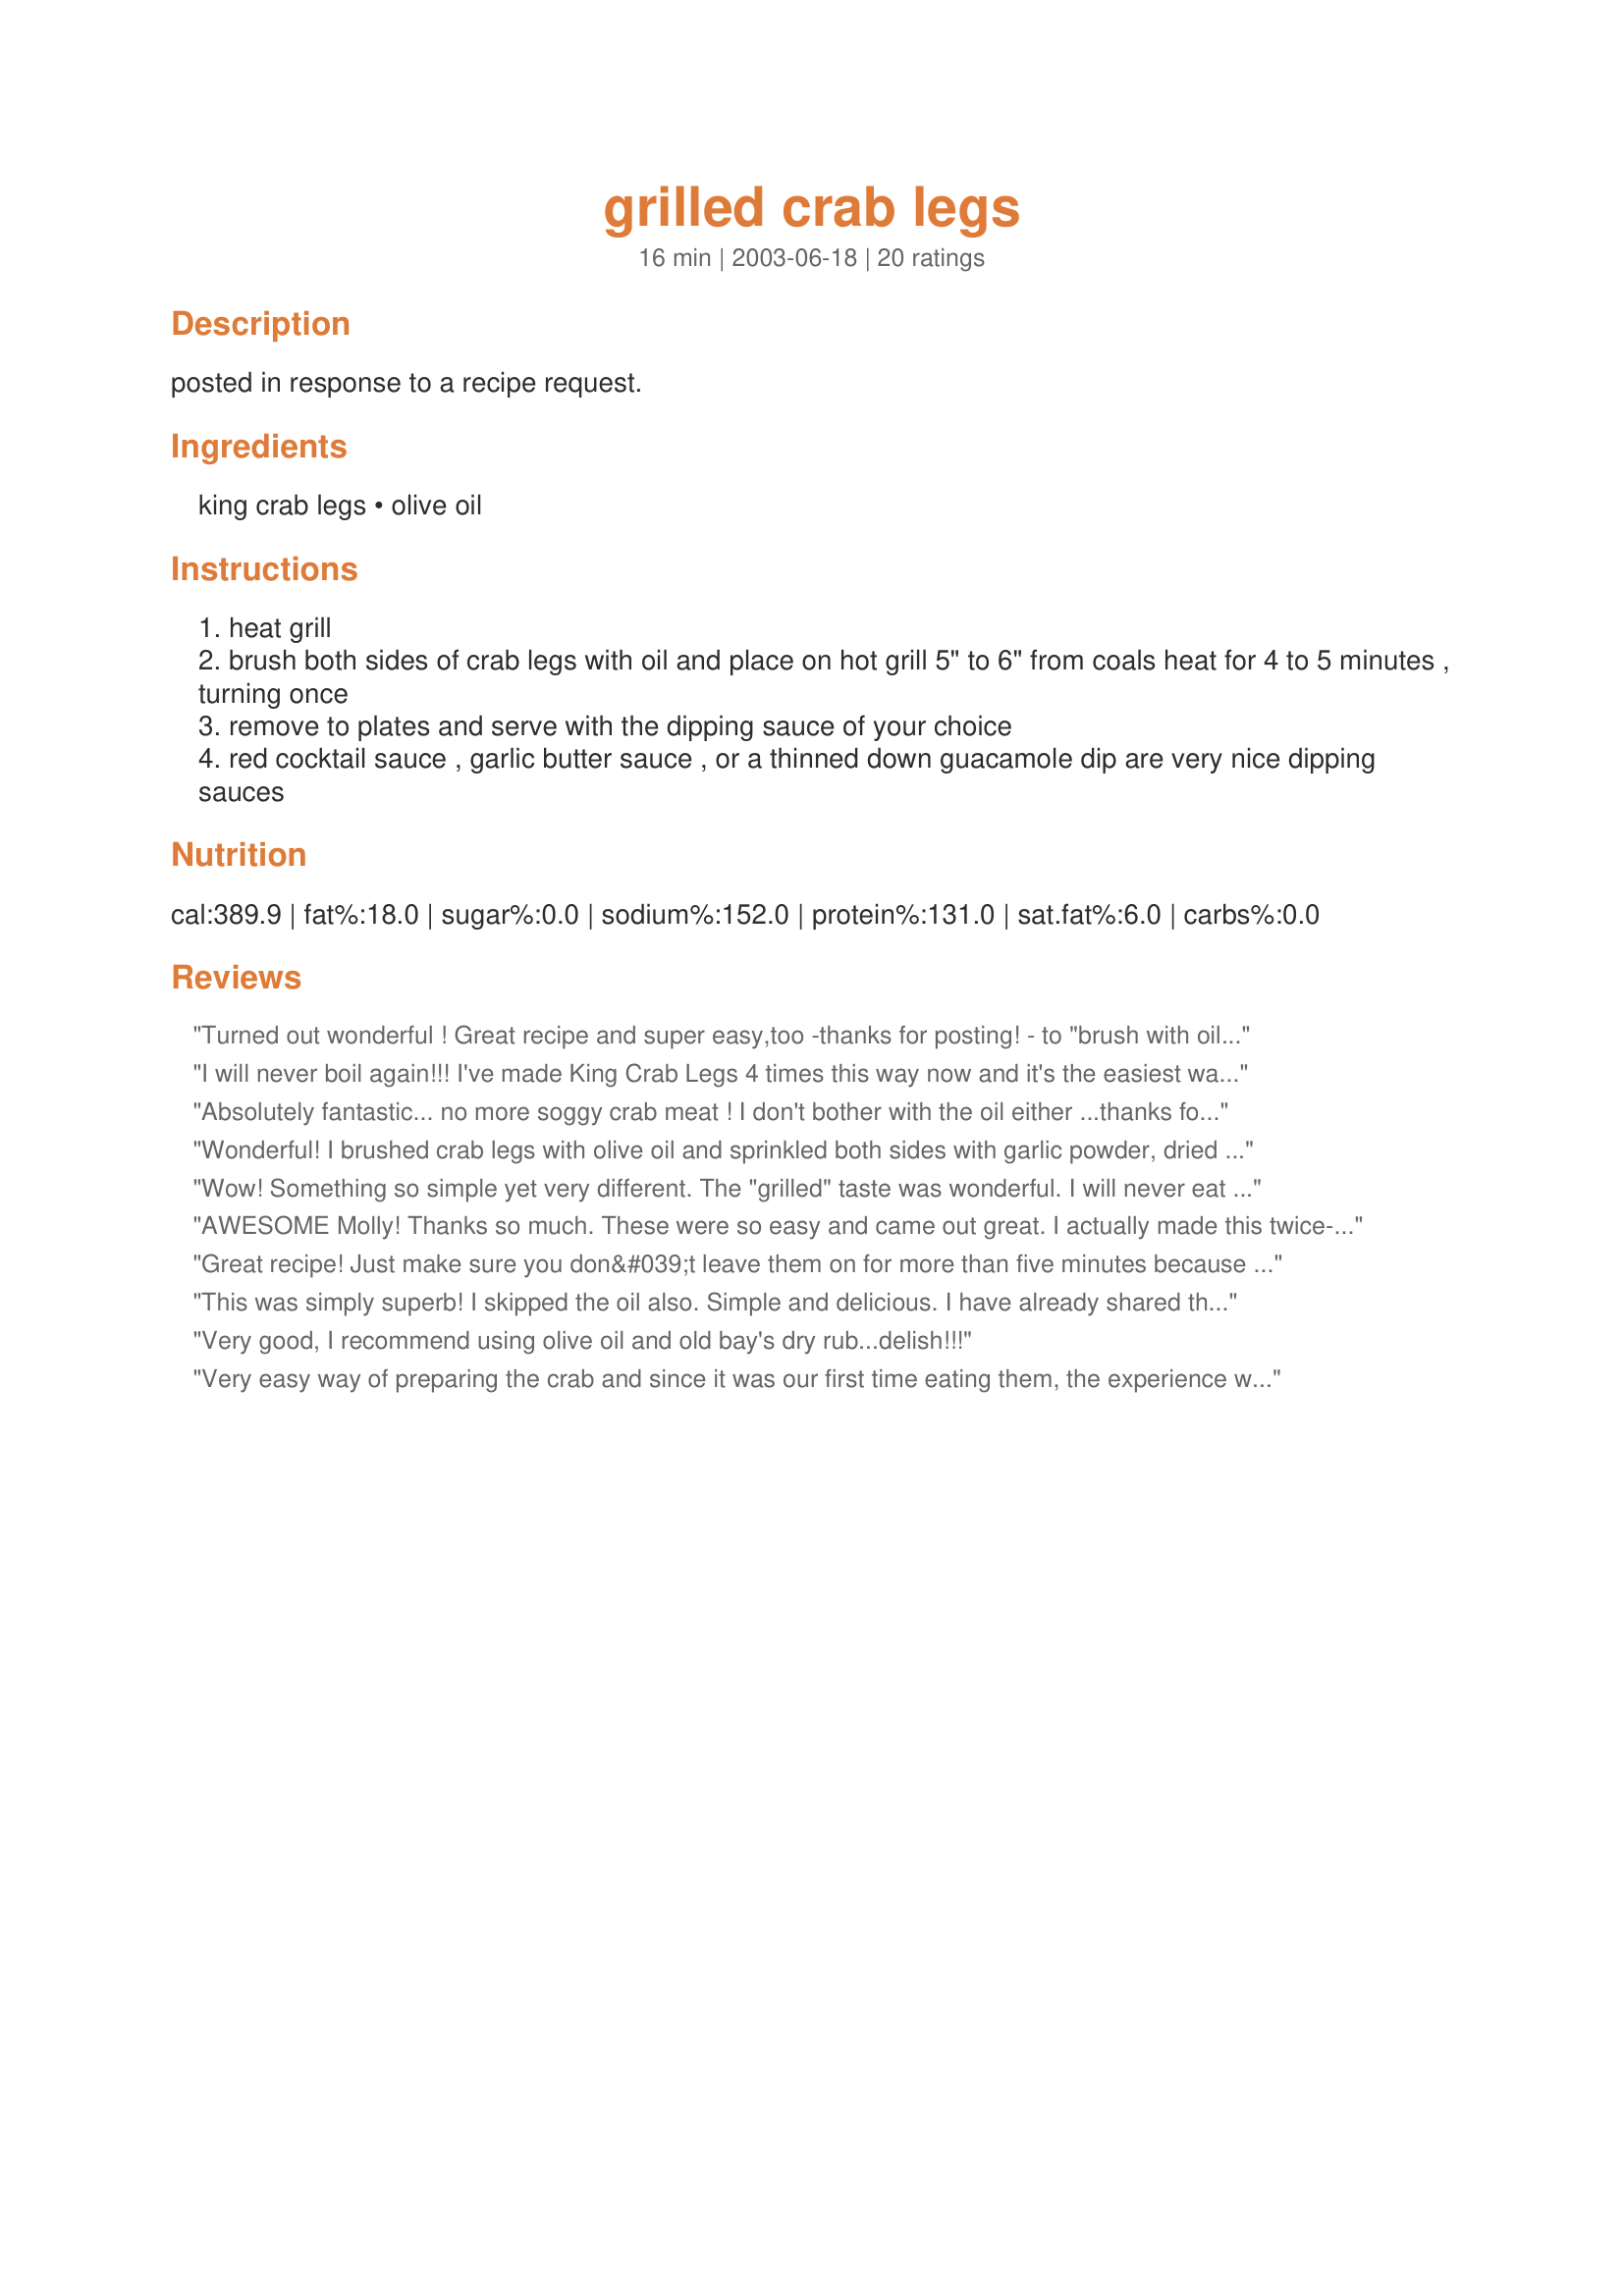
grilled crab legs
Preparation time: 16 minutes

posted in response to a recipe request.

Ingredients:
king crab legs, olive oil

Steps:
heat grill
brush both sides of crab legs with oil and place on hot grill 5" to 6" from coals heat for 4 to 5 minutes , turning once
remove to plates and serve with the dipping sauce of your choice
red cocktail sauce , garlic butter sauce , or a thinned down guacamole dip are very nice dipping sauces

Reviews:
Turned out wonderful ! Great recipe and super easy,too -thanks for posting! 
- to "brush with oilve oil , I used my olive oil sprayer and sprinkled a little Paul Deen House Seasoning on the legs and claws and cooked corn on the cob along with the crab on our gas grill.
I will never boil again!!! I've made King Crab Legs 4 times this way now and it's the easiest way to cook crab legs!!! I don't even bother with the oil step and they are wonderful!! No more heating up the kitchen and trying to cram long legs into a stock pot!! Thanks!!
Absolutely fantastic... no more soggy crab meat ! I don't bother with the oil either ...thanks for posting this great idea
Wonderful! I brushed crab legs with olive oil and sprinkled both sides with garlic powder, dried dill, old bay seasoning and dried thyme. Grill them on a real grill for 3 minutes each side. The crab was flavorful enough without any dipping sauce.
Wow! Something so simple
yet very different. The "grilled" taste was wonderful. I will never eat crab legs any other way. Thanks!
AWESOME Molly! Thanks so much. These were so easy and came out great. I actually made this twice- good sale ion legs- and the second time I added some fresh pressed garlic to the olive oil. mmmmmmmm........

Thanks again for such an easy and yummy recipe.
Great recipe! Just make sure you don&#039;t leave them on for more than five minutes because I got distracted and burnt the thin ends pretty badly. Can&#039;t wait to make them again and not screw up. Thank you.
This was simply superb! I skipped the oil also. Simple and delicious. I have already shared this method twice and they have loved it also. Thanks for sharing!
Very good, I recommend using olive oil and old bay's dry rub...delish!!!
Very easy way of preparing the crab and since it was our first time eating them, the experience was fun.
We followed your recipe with the addition of Creole Seasoning and Emeril's Essence. Thanks for the suggestion!
Thanks for posting such a great recipe for Crab Legs. We use Old Bay Seasoning and some Cajun seasonings on the outside of the legs. This flavors the crab meat wonderfully without overpowering the meat. My family uses individual pairs of scissors to cut some of the leg portions open. It makes eating them less messy. Even my young Grandchildren will eat these easily prepared favorites.
this is a great way to do crab, added a bit of old bay seasoning to the oil,and broiled in the oven.(no bbq available) raves from everyone!!! thanks for a wonderful, quick,and easy recipe
Great recipe for crab legs! We have a New Year's tradition of crab legs and I love this way of preparing them instead of steaming... which I feel waterlogs them. We already had some steaks on the grill so it was easy to just throw these on. The olive oil makes the shells crispy and really easy to crack. Delicious with a simple garlic butter to dip in... Thanks for posting!!!
This is so much easier for us to do than the big pot of water and so tasty! We squeeze a little olive oil (with some Tony C's or Old Bay depending on our mood) down into the big legs and throw a few wood chips on the grill to give them a little smoke. It's all we can do to wait for the platter to come to the patio table before we dive in!
What a great way to cook crab legs. It was delicious and as simple as any recipe I have ever seen. It is now hands down my favorite method of preparing those delicious crab legs. Thank you for a great recipe.
This was great!!!! We decided last minute to do crab legs with steak for supper...and I came across this recipe...Our crab was frozen at first I still brushed with oil...DH put legs on BBQ on a cookie sheet then once they were defrosted he put them on the grill!!!! I prefer these over the oven method any day!!!!! So good!!!!!!!
We're done our crab legs like this for years and it truly is the easiest and tastiest way to cook them. Don't have to deal with pots of smelly water or your cooked crab swimming in a dinner plate of water, either. Works just the same if you broil them in your oven, too. Keep that oven door cracked open, though. Keeps the broiler element on. Thanks, Molly53!!
Made the recipe using King crab legs. All I can say is awesome! Far superior than just boiling them with Old Bay. 
It is cold here now so I cheated and put them under the broiler. Can't wait to try them on the grill.
Thanks for the recipe.
This is absolutely the best way to cookcrab legs. We cannot get fresh ones here, only frozen king crab legs or dungeness crabs so when thawed they are already watery. And we don't need any more steam. I drain then wipe dry and brush them with olive oil and heat on the grill. The water inside of the shells quickly evaporate. I have a jenn air for grilling and the shells are then perfect for cracking, the crab is tasty and ready for sauces or just right out of the shell. I will never cook crab legs any other way!!!
